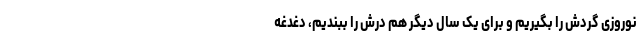
نوروزی گردَش را بگیریم و برای یک سال دیگر هم درش را ببندیم، دغدغه